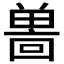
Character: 𪞌